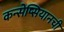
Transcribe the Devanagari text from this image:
कन्सेप्सियानची